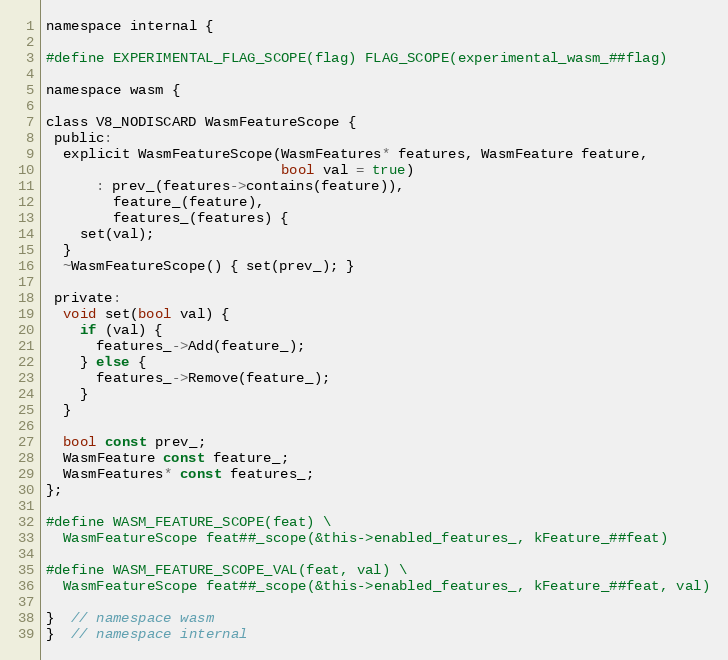
Language: C
namespace internal {

#define EXPERIMENTAL_FLAG_SCOPE(flag) FLAG_SCOPE(experimental_wasm_##flag)

namespace wasm {

class V8_NODISCARD WasmFeatureScope {
 public:
  explicit WasmFeatureScope(WasmFeatures* features, WasmFeature feature,
                            bool val = true)
      : prev_(features->contains(feature)),
        feature_(feature),
        features_(features) {
    set(val);
  }
  ~WasmFeatureScope() { set(prev_); }

 private:
  void set(bool val) {
    if (val) {
      features_->Add(feature_);
    } else {
      features_->Remove(feature_);
    }
  }

  bool const prev_;
  WasmFeature const feature_;
  WasmFeatures* const features_;
};

#define WASM_FEATURE_SCOPE(feat) \
  WasmFeatureScope feat##_scope(&this->enabled_features_, kFeature_##feat)

#define WASM_FEATURE_SCOPE_VAL(feat, val) \
  WasmFeatureScope feat##_scope(&this->enabled_features_, kFeature_##feat, val)

}  // namespace wasm
}  // namespace internal